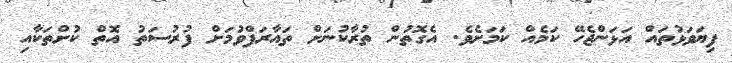
ފިޔަވަޅުތައް އަޅަންޖެހޭ ކަމެއް ކަމަށެވެ. އެގޮތުން ތުރާކުނަށް ތައާރަފްވުމަށް ފުރުސަތު އޮތް ކުށްތަކާއި